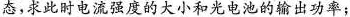
态，求此时电流强度的大小和光电池的输出功率；